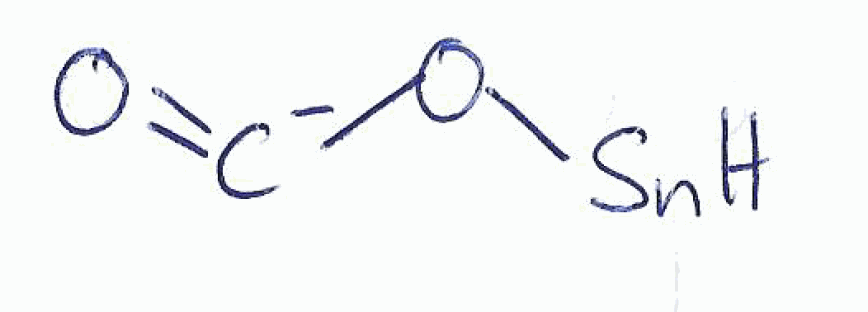
Simplified molecular-input line-entry system (SMILES) notation of the given molecule:
[C-](=O)O[SnH]